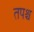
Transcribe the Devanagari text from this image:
तपश्च